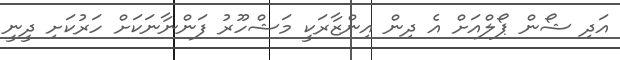
އަދި ޝޯން ޕޯލްއަށް އެ ދިން އިންޒާރަކީ މަޝްހޫރު ފަންނާނަކަށް ހަރުކަށި ދީނީ